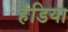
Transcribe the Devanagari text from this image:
हँडिया